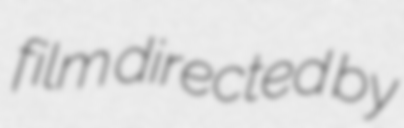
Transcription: film directed by